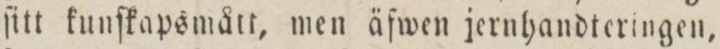
ſitt kunſkapsmått, men äſwen jernhandteringen,